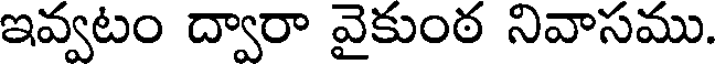
ఇవ్వటం ద్వారా వైకుంఠ నివాసము.